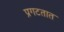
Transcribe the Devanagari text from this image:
प्रगटतात